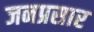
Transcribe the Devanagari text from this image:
जनप्रसार